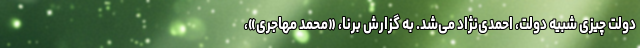
دولت چیزی شبیه دولت، احمدی‌نژاد می‌شد. به گزارش برنا، «محمد مهاجری»،